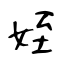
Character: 姪